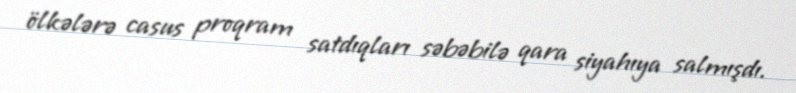
ölkələrə casus proqram satdıqları səbəbilə qara siyahıya salmışdı.